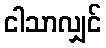
ငါသာလျှင်